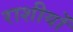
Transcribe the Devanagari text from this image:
राशीयों